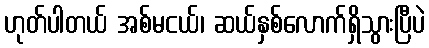
ဟုတ်ပါတယ် အစ်မငယ်၊ ဆယ်နှစ်လောက်ရှိသွားပြီပဲ